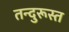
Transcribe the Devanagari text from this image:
तन्दुरूस्त